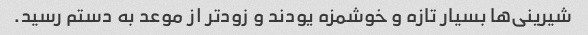
شیرینی‌ها بسیار تازه و خوشمزه یودند و زودتر از موعد به دستم رسید.